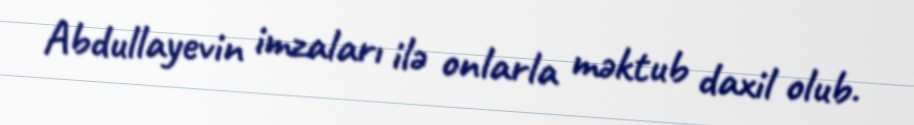
Abdullayevin imzaları ilə onlarla məktub daxil olub.